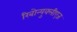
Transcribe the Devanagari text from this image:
रिबोन्युक्लीएज